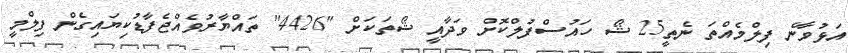
އަޅުވާނެ ފިލްމެއްތަ ނެތީ25 ޝޯ ހައުސްފުލްކޮށް ވަދާއީ ޝޯތަކަށް "4426" ތައްޔާރުވެއްޖެފާޑުކިޔައިގެން ފިލްމީ